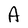
Character: A